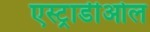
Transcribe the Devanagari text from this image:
एस्ट्राडीओल